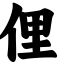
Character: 俚